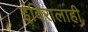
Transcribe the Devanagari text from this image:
इंदिरालाही